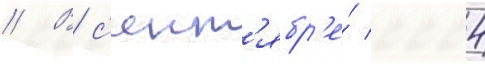
// В с'ент'ябр'е́ 2004